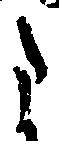
た